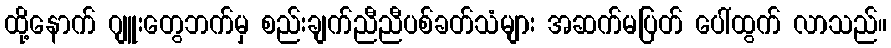
ထို့နောက် ဂျူးတွေဘက်မှ စည်းချက်ညီညီပစ်ခတ်သံများ အဆက်မပြတ် ပေါ်ထွက် လာသည်။